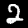
Label: 2